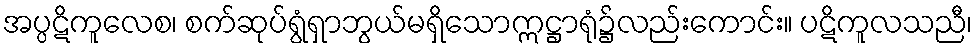
အပ္ပဋိကူလေစ၊ စက်ဆုပ်ရွံရှာဘွယ်မရှိသောဣဋ္ဌာရုံ၌လည်းကောင်း။ ပဋိကူလသညီ၊